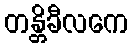
တန္တိခီလကေ